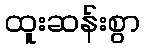
ထူးဆန်းစွာ